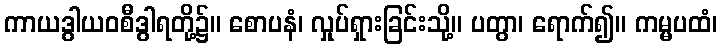
ကာယဒွါယဝစီဒွါရတို့၌။ စောပနံ၊ လှုပ်ရှားခြင်းသို့။ ပတွာ၊ ရောက်၍။ ကမ္မပထံ၊